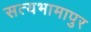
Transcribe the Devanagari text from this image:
सत्यभामापुर